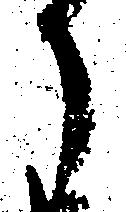
月